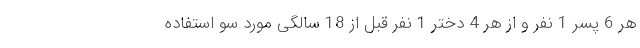
هر 6 پسر 1 نفر و از هر 4 دختر 1 نفر قبل از 18 سالگی مورد سو استفاده